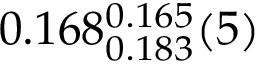
0 . 1 6 8 _ { 0 . 1 8 3 } ^ { 0 . 1 6 5 } ( 5 )